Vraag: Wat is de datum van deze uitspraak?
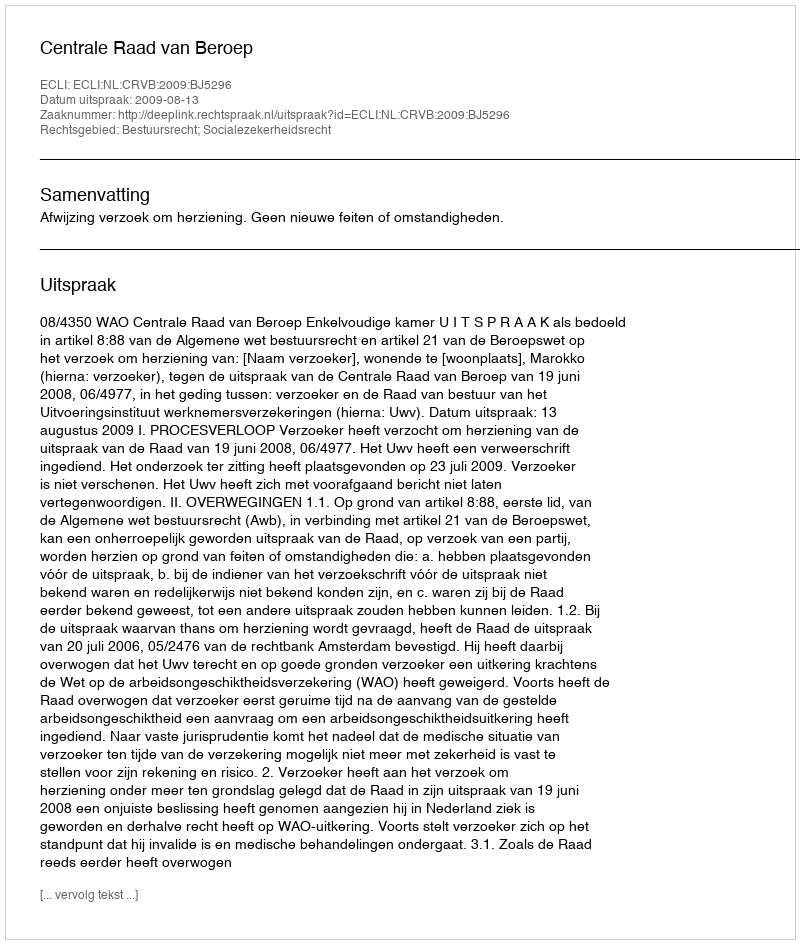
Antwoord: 2009-08-13